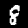
Label: 8